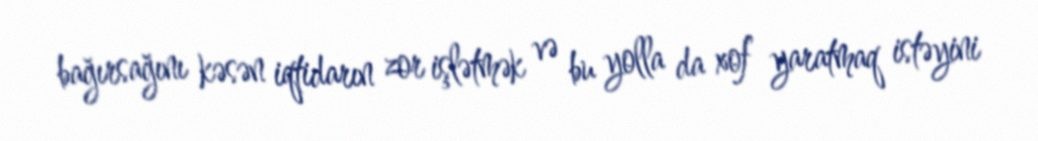
bağırsağını kəsən iqtidarın zor işlətmək və bu yolla da xof yaratmaq istəyini